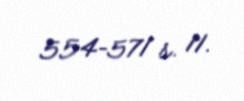
554–571 s. 11.